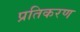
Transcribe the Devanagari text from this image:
प्रतिकरण